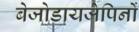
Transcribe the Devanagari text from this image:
बेजोडायजेपिनों